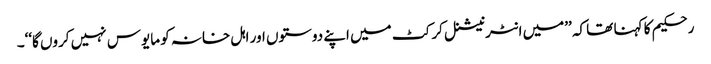
رحکیم کا کہنا تھا کہ ’’میں انٹرنیشنل کرکٹ میں اپنے دوستوں اور اہل خانہ کو مایوس نہیں کروں گا‘‘۔